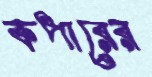
কপারের